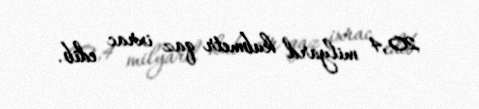
20,4 milyard kubmetr qaz ixrac edib.